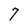
Character: 7